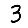
Digit: 3